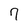
Character: 7